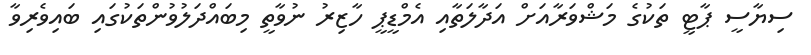
ސިޔާސީ ޕާޓީ ތަކުގެ މަޝްވަރާއަށް އަދާލަތާއި އެމްޑީޕީ ހާޒިރު ނުވާތީ މިބައްދަލުވުންތަކުގައި ބައިވެރިވާ